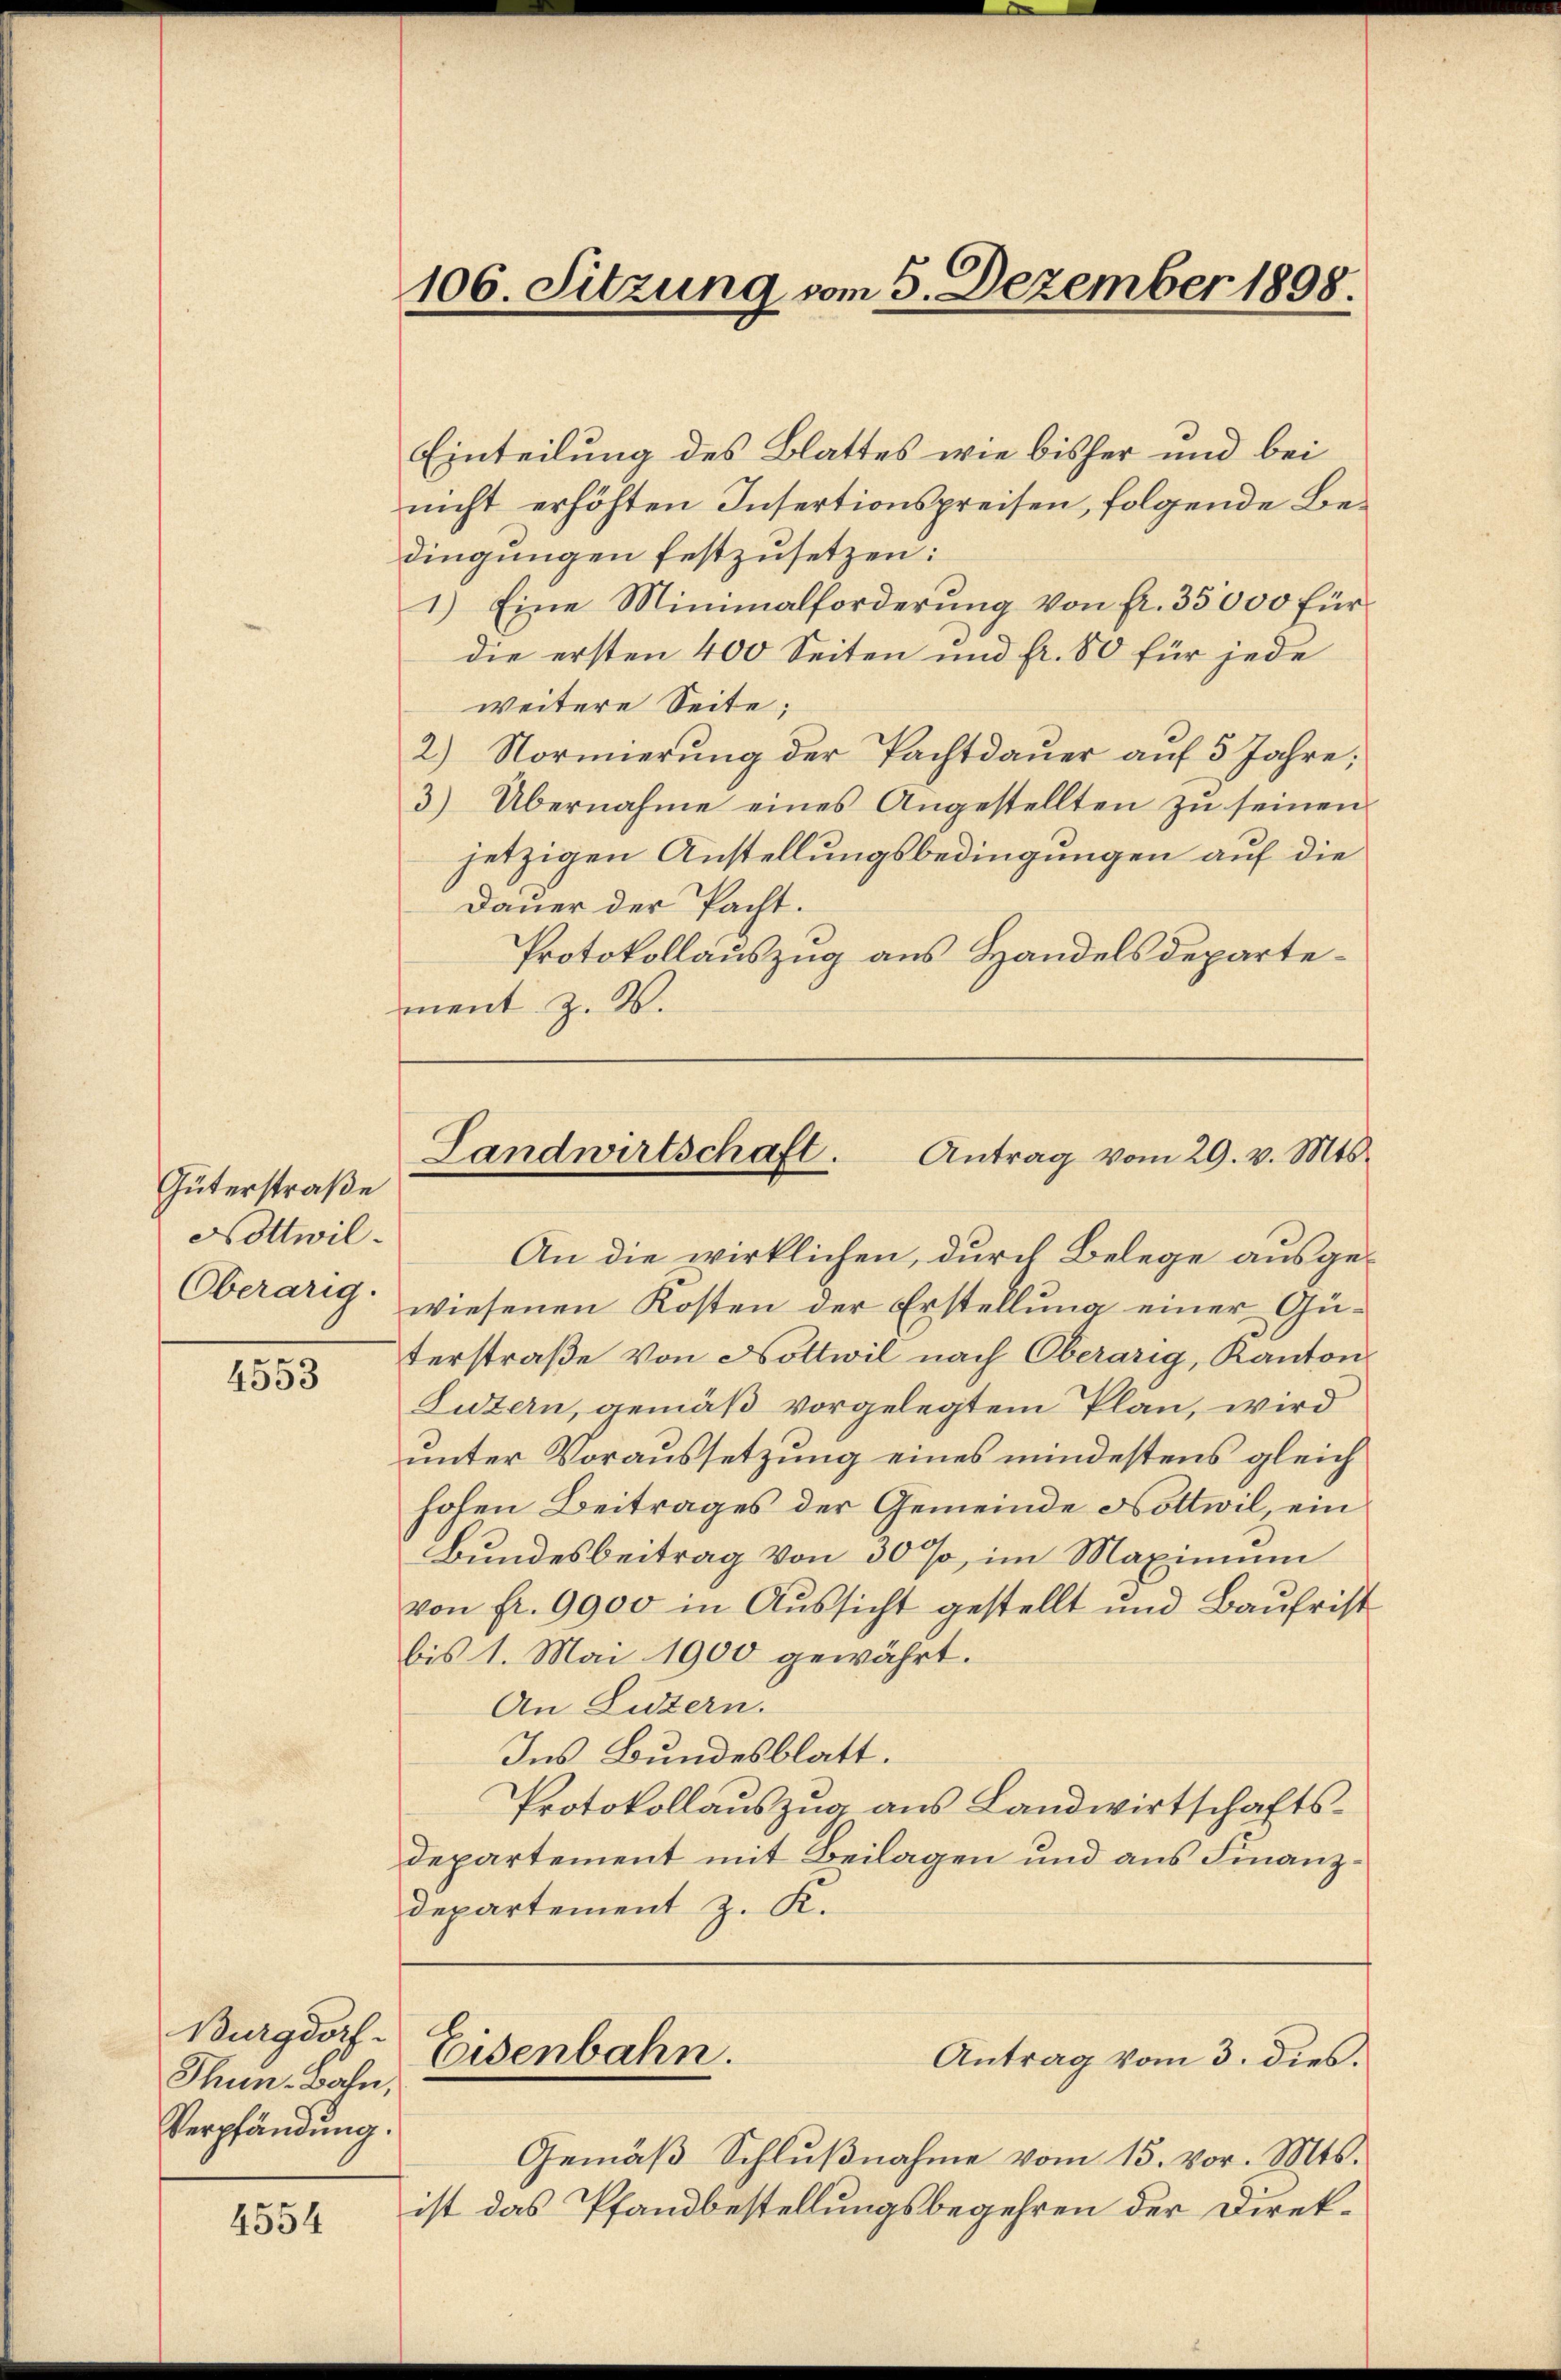
Güterstraße
Nottwil¬
Oberarig.

4553

Burgdorf
Thun. Bahn,
Verpfändung.

4554

106. Sitzung vom 5. Dezember 1898.

Einteilung des Blattes wie bisher und bei
nicht erhöhten Insertionspreisen, folgende Bedingungen festzusetzen:
1.) Eine Minimalforderung von fr. 35000 fürdie ersten 400 Seiten und fr. 50 für jede
weitere Seite;
2) Normierung der Pachtdauer auf 5 Jahre;
3) Übernahme eines Angestellten zu seinen
jetzigen Anstellungsbedingungen auf die
Dauer der Pacht.
Protokollauszug aus Handelsdepartement z. B.

Landwirtschaft.
Antrag vom 29. v. Mts.

An die wirklichen, durch Belege ausgewiesenen Kosten der Erstellung einer Güterstraße von Nottwil nach Oberarig, Kanton
Luzern, gemäß vorgelegtem Plan, wird
unter Voraussetzung eines mindestens gleich
hohen Beitrages der Gemeinde Nottwil, ein
Bundesbeitrag von 30%, im Maximum
von fr. 9900 in Aussicht gestellt und Baufrist
bis 1. Mai 1900 gewährt.
An Luzern.
Ins Bundesblatt.
Protokollauszug aus Landwirtschafts¬
Departement mit Beilagen und aus Finanz¬
Departement z. K.
Eisenbahn.
Antrag vom 3. dies.
Gemäß Schlußnahme vom 15. vor. Mts.
ist das Pfandbestellungsbegehren der Direk¬